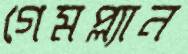
গেমপ্ল্যান